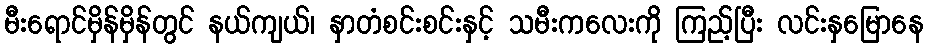
မီးရောင်မှိန်မှိန်တွင် နယ်ကျယ်၊ နှာတံစင်းစင်းနှင့် သမီးကလေးကို ကြည့်ပြီး လင်းနှမြောနေ